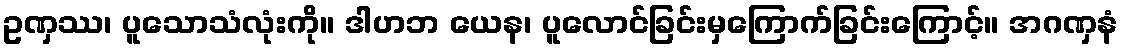
ဥဏှဿ၊ ပူသောသံလုံးကို။ ဒါဟဘ ယေန၊ ပူလောင်ခြင်းမှကြောက်ခြင်းကြောင့်။ အဂဏှနံ